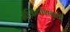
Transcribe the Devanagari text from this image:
मॅकिंटॉशसाठी